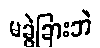
မခွဲခြားဘဲ